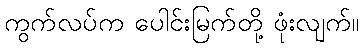
ကွက်လပ်က ပေါင်းမြက်တို့ ဖုံးလျက်။